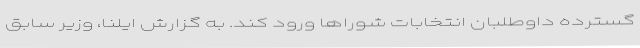
گسترده داوطلبان انتخابات شوراها ورود کند. به گزارش ایلنا، وزیر سابق